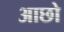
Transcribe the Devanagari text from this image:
आछो